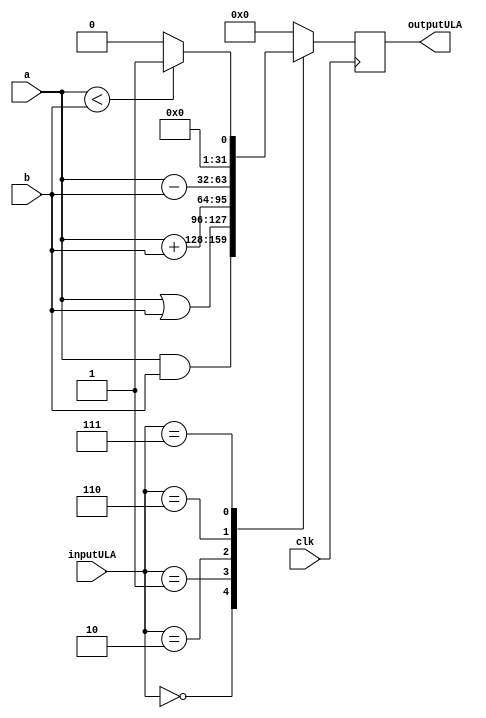
module ULA (input         clk,
			input  [0:3]  inputULA, 
			input  [0:31] a,
			input  [0:31] b,
			output reg [0:31] outputULA);
	
	always @(posedge clk) begin
		case(inputULA)
			4'b0000: outputULA <= a & b; //AND
			4'b0001: outputULA <= a | b; //OR
			4'b0010: outputULA <= a + b; //add
			4'b0110: outputULA <= a - b; // subtract
			4'b0111: outputULA <= (a < b) ? 1 : 0; // set on less than
			default: outputULA <= 0; 
		endcase
	end
endmodule